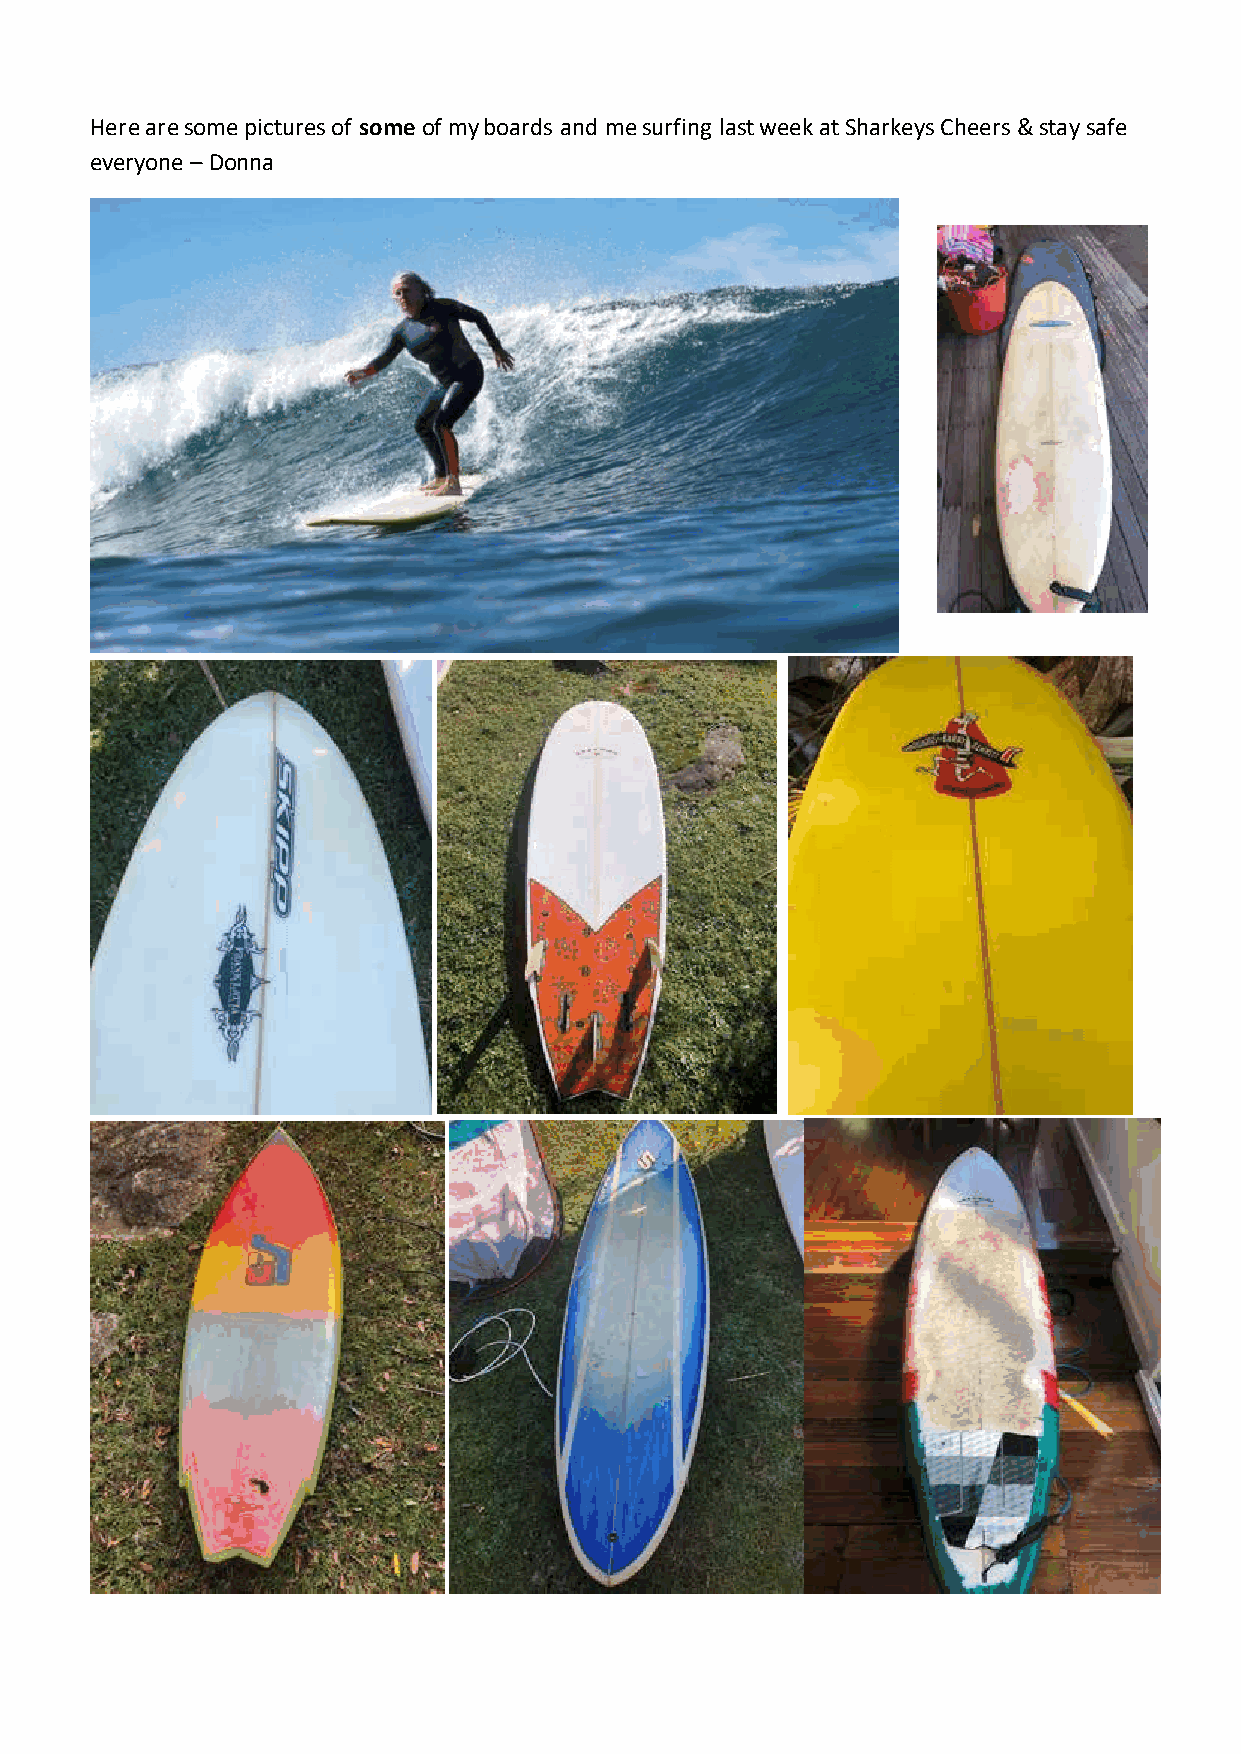
Here are some pictures of some of my boards and me surfing last week at Sharkeys Cheers & stay safe
 everyone – Donna